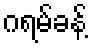
ဂရမ်ခန့်